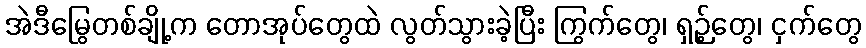
အဲဒီမြွေတစ်ချို့က တောအုပ်တွေထဲ လွတ်သွားခဲ့ပြီး ကြွက်တွေ၊ ရှဉ့်တွေ၊ ငှက်တွေ